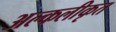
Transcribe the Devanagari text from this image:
अल्कलीकृत